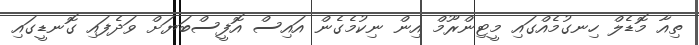
ތިއާ މޮޑެލް ހިނގުމެއްގައި މީޓިންރޫމް އިން ނިކުމެގެން އައިސް އޮފީސްބަޔަށް ވަދެފައި ގޮނޑީގައި